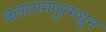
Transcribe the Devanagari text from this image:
बलारामपूरमधून